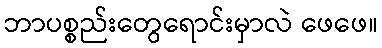
ဘာပစ္စည်းတွေရောင်းမှာလဲ ဖေဖေ။